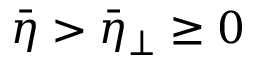
\bar { \eta } > \bar { \eta } _ { \perp } \ge 0